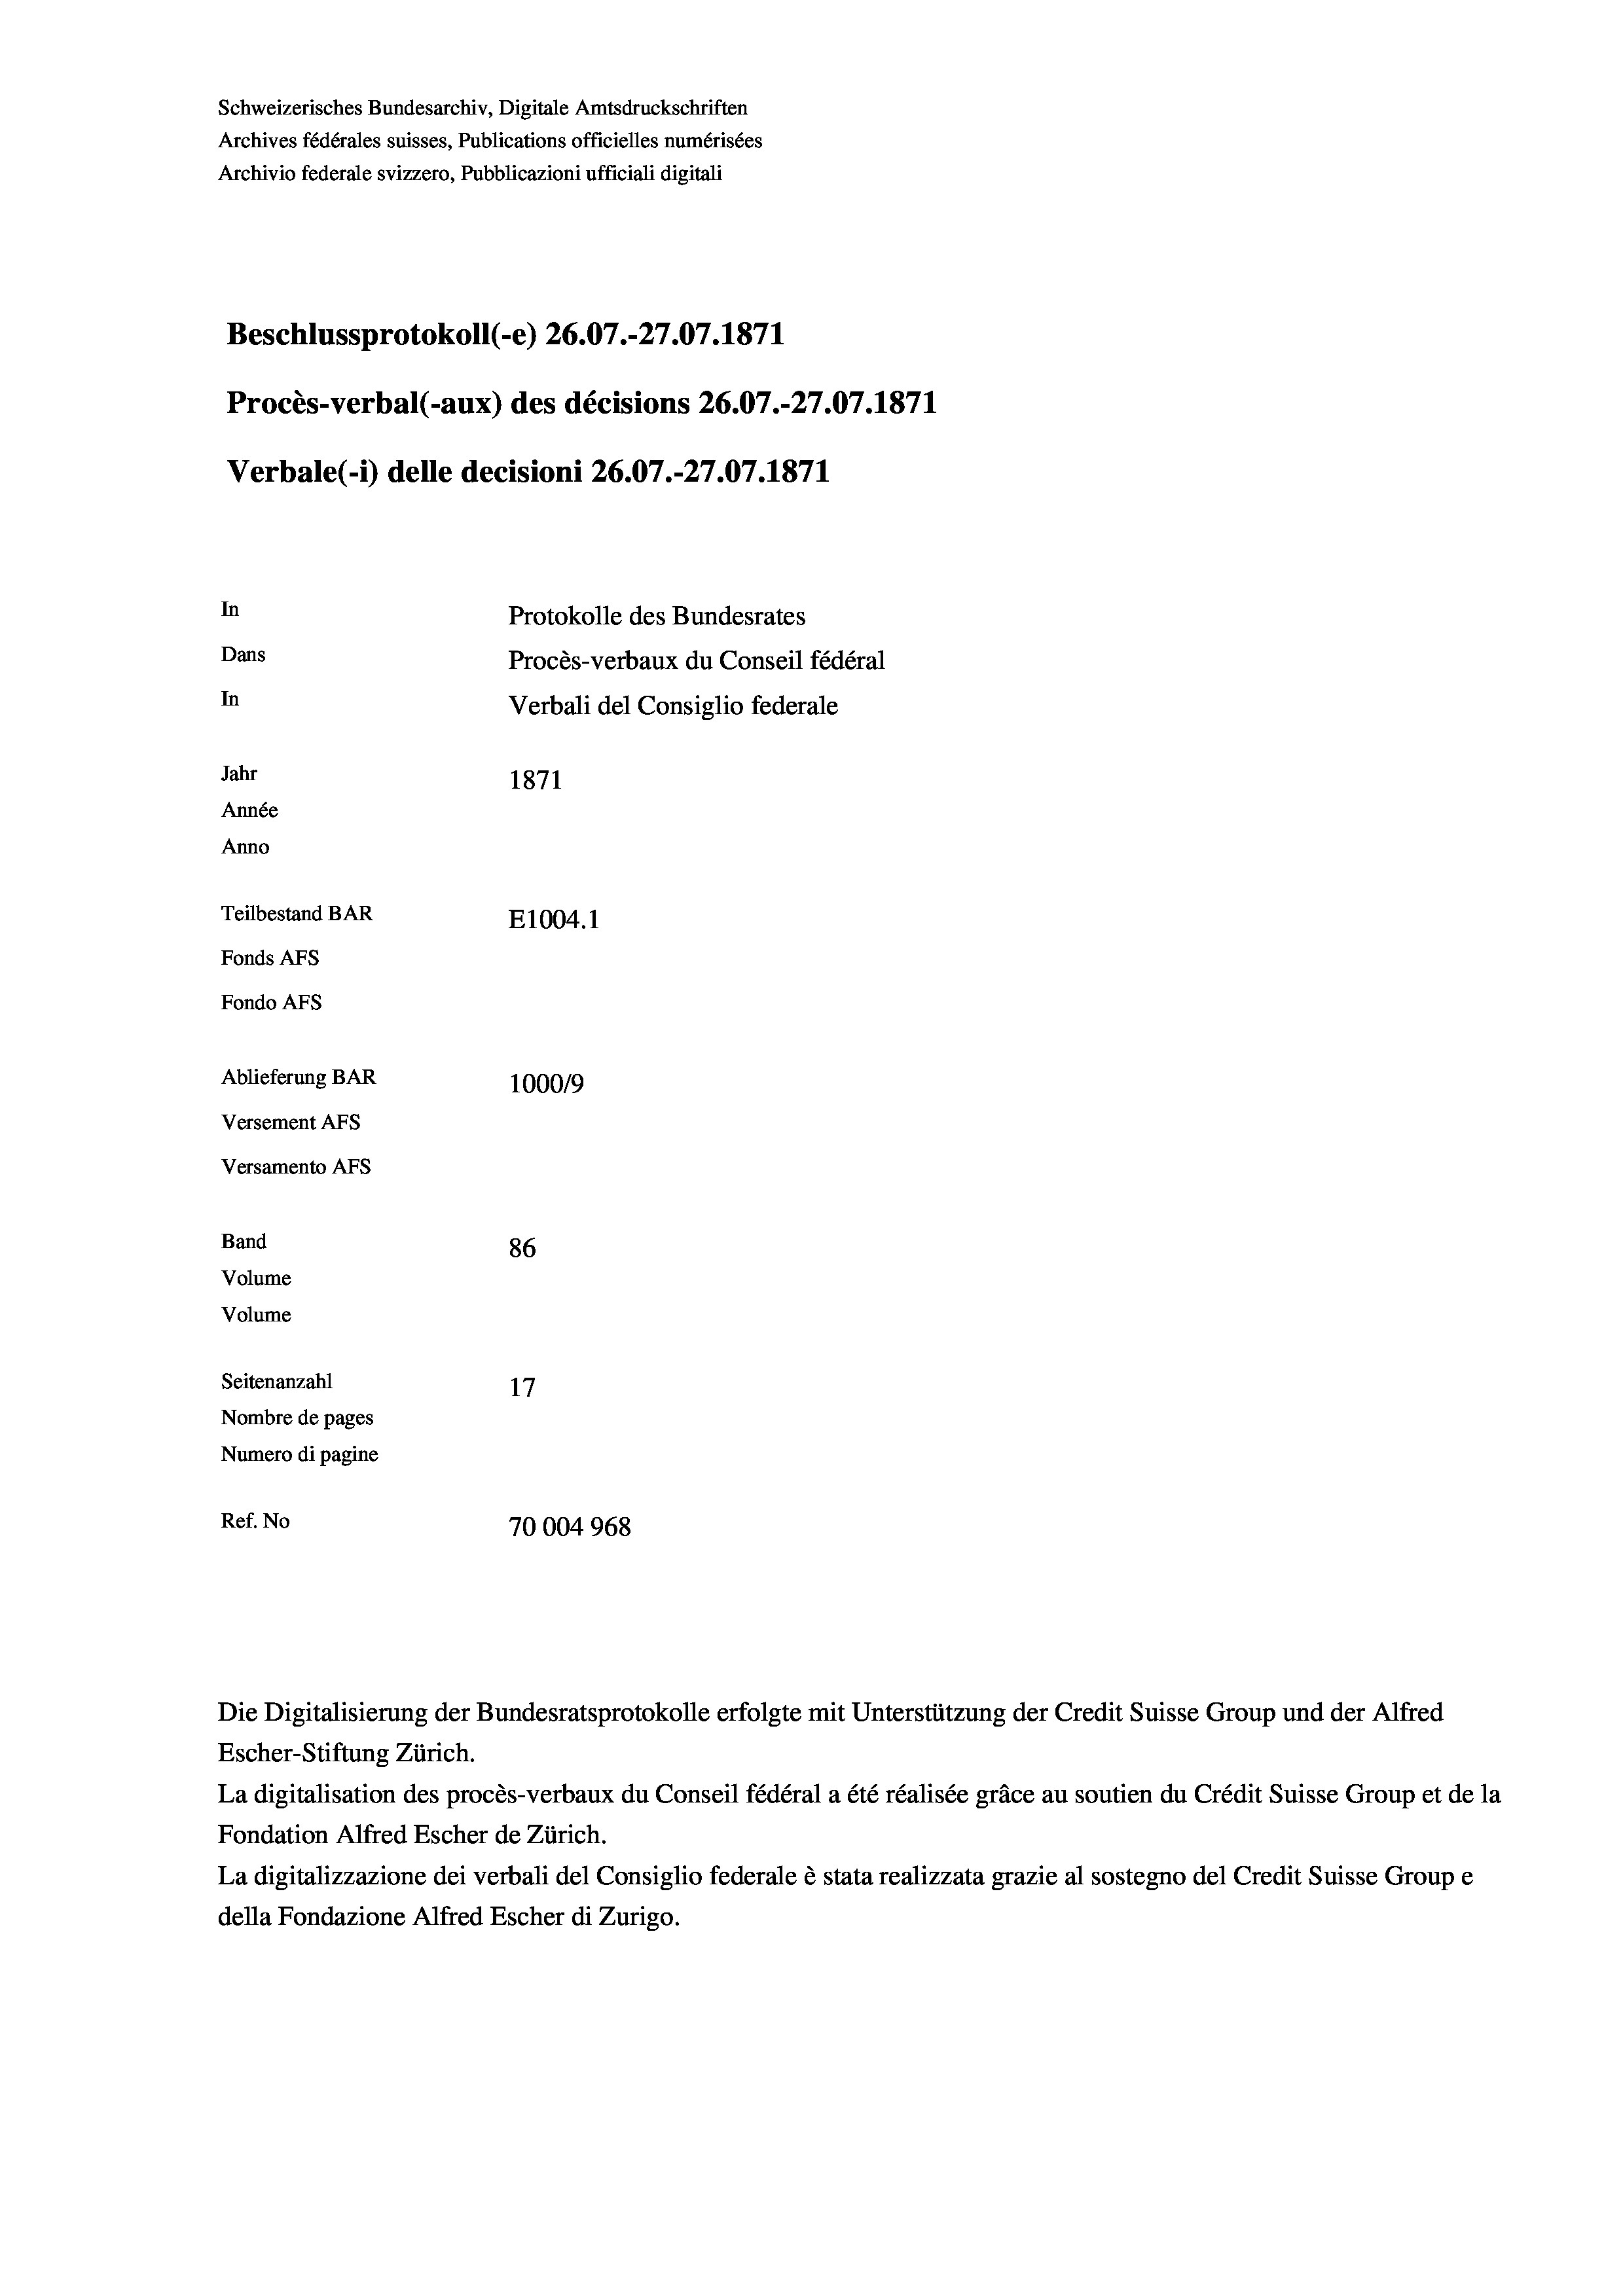
Schweizerisches Bundesarchiv, Digitale Amtsdruckschriften
Archives fédérales suisses, Publications officielles numérisées
Archivio federale svizzero, Pubblicazioni ufficiali digitali

Protokolle des Bundesrates
Dans
Procès-verbaux du Conseil fédéral
In
Verbali del Consiglio federale
Jahr
1871
Année
Anno
Teilbestand BAR
E1004. 1
Fonds Afs
Fondo Afs
Ablieferung BAR
100019
Versement Ans

In

Procès-verbal (-aux) des décisions 26.07.-27.07. 1871
Verbale (i) delle decisioni 26.07.-27.07. 1871

Versamento Afs
Band
Volume
Volume

Beschlussprotokoll (-e) 26.07.-27.07. 1871

86
Seitenanzahl
17
Nombre de pages
Numero di pagine
Ref. No
70004968

Die Digitalisierung der Bundesratsprotokolle erfolgte mit Unterstützung der Credit Suisse Group und der Alfred
Escher-Stiftung Zürich.
La digitalisation des procès-verbaux du Conseil fédéral a été réalisée gräce au soutien du Crédit Suisse Group et de la
Fondation Alfred Escher de Zürich.
La digitalizzazione dei verbali del Consiglio federale è stata realizzata grazie al sostegno del Credit Suisse Groupe
della Fondazione Alfred Escher di Zurigo.